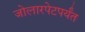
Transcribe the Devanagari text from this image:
जोलारपेटपर्यंत